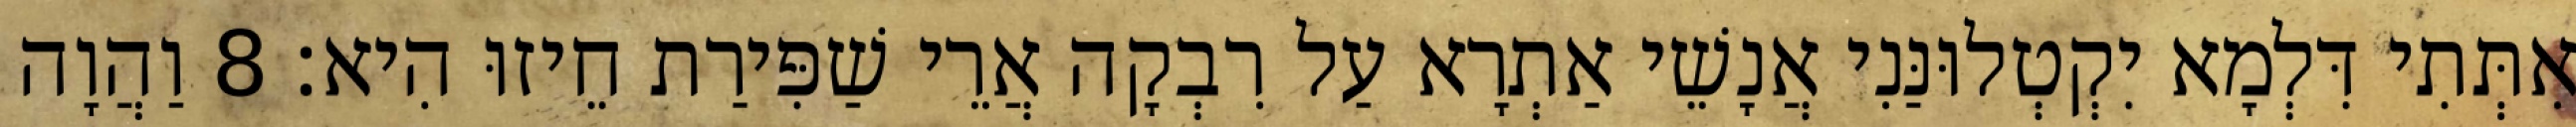
אִתְּתִי דִּלְמָא יִקְטְלוּנַּנִי אֲנָשֵׁי אַתְרָא עַל רִבְקָה אֲרֵי שַׁפִּירַת חֵיזוּ הִיא׃ 8 וַהֲוָה